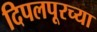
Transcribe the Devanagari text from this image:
दिपलपूरच्या